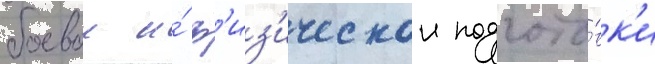
боевои и́ ф'из'ическои подгото́вк'и